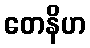
တေနိဟ